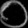
Digit: ၀